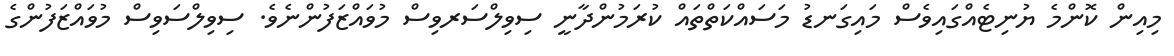
މިއިން ކޮންމެ ޔުނިޓެއްގައިވެސް މައިގަނޑު މަސައްކަތްތައް ކުރަމުންދާނީ ސިވިލްސަރވިސް މުވައްޒަފުންނެވެ. ސިވިލްސަވިސް މުވައްޒަފުންގެ